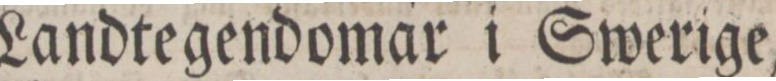
Landtegendomar i Swerige,